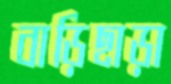
বাড়িছাড়া